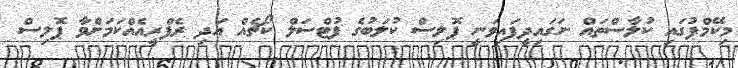
މިކޭމްޕުގައި ކުލާސްތައް ނަގައިދީފައިވަނީ ޕޮލިސް ކުލަބުގެ ފުޓްސަލް ކޯޗެއް އަދި ރެފްރީއެއްކަމަށްވާ ޕޮލިސް